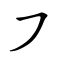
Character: ㇇